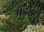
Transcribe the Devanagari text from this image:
मेड़राय